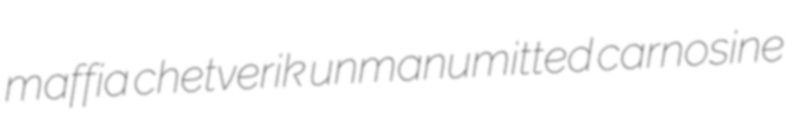
maffia chetverik unmanumitted carnosine